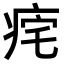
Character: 𤵾